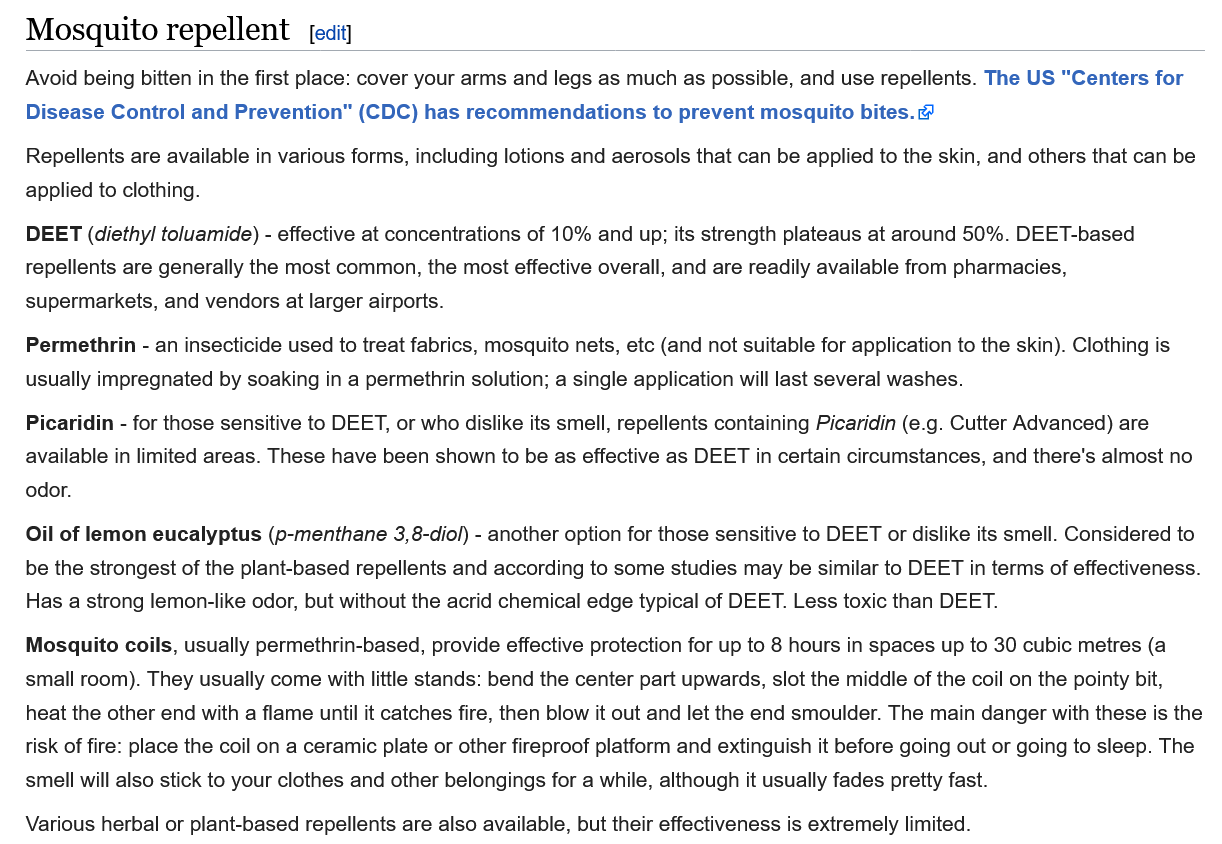
Mosquito    repellent
   Avoid being bitten in the first place: cover your arms and legs as much as possible, and use repellents. The US "Centers for
   Disease Control and Prevention" (CDC) has recommendations to prevent mosquito bites. @
   Repellents are available in various forms, including lotions and aerosols that can be applied to the skin, and others that can be
   applied to clothing.
   DEE! (aleihy! tojuamide) - effective at concentrations of 10% and up; Its strength plateaus at around 90%. DEE !-based
   repellents are generally the most common, the most effective overall, and are readily available from pharmacies,
   supermarkets, and vendors at larger airports.
   Permethrin - an insecticide used to treat fabrics, mosquito nets, etc (and not suitable for application to the skin). Clothing is
   usually impregnated by soaking in a permethrin solution; a single application will last several washes.
   Picaridin
     -
     for those sensitive to DEET, or who dislike its smell, repellents containing Picaridin (e.g. Cutter Advanced) are
   available in limited areas. These have been shown to be as effective as DEET in certain circumstances, and there's almost no
   odor.
     il of lemon eucalyptus (p-menthane 3,8-diol) -
     another option for those sensitive to DEET or dislike its smell. Considered to
   be the strongest of the plant-based repellents and according to some studies may be similar to DEET in terms of effectiveness.
   Has a strong lemon-like odor, but without the acrid chemical edge typical of DEET. Less toxic than DEET.
   Mosquito coils, usually permethrin-based, provide effective protection for up to 8 hours in spaces up to 30 cubic metres (a
   small room). They usually come with little stands: bend the center part upwards, slot the middle of the coil on the pointy bit,
   heat the other end with a flame until it catches fire, then blow it out and let the end smoulder. The main danger with these is the
   tisk of fire: place the coil on a ceramic plate or other fireproof platform and extinguish it before going out or going to sleep. The
   smell will also stick to your clothes and other belongings for a while, although it usually fades pretty fast.
   Various herbal or plant-based repellents are also available, but their effectiveness is extremely limited.
     [edit]